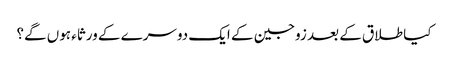
کیا طلاق کے بعد زوجین کے ایک دوسرے کے ورثاء‌ ہوں‌ گے؟